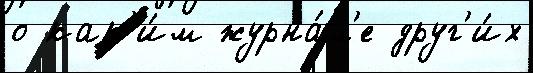
о как'и́м журна́л'е друг'и́х